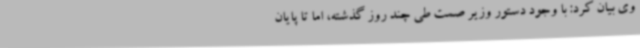
وی بیان کرد: با وجود دستور وزیر صمت طی چند روز گذشته، اما تا پایان